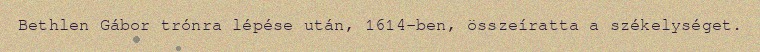
Bethlen Gábor trónra lépése után, 1614-ben, összeíratta a székelységet.